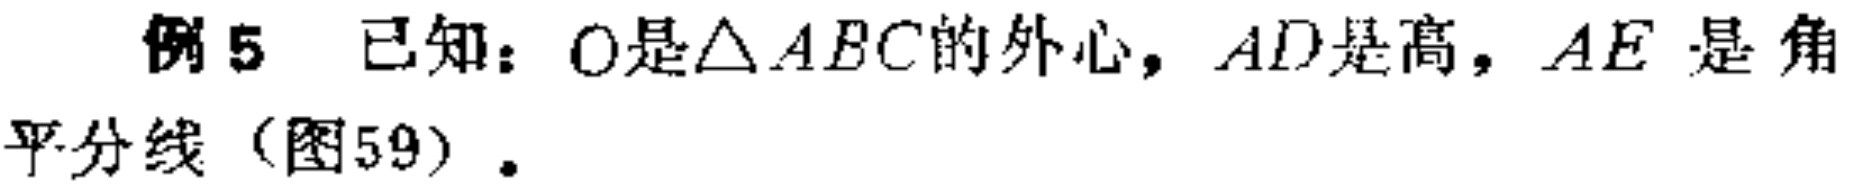
例5 已知：\(O\)是\(\triangle ABC\)的外心，\(AD\)是高，\(AE\)是角平分线（图59）.